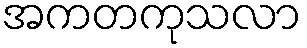
အကတကုသလာ